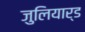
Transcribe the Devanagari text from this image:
जुलियार्ड